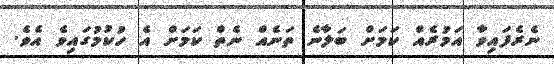
ނެރެފައިވާ އަމުރެއް ކަމަށް ބަލާނެ ތަނެއް ނެތް ކަމަށް އެ ހުކުމުގައިވެ އެވެ.